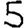
Digit: 5